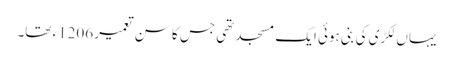
یہاں لکڑی کی بنی ہوئی ایک مسجد تھی جس کا سن تعمیر 1206ء تھا۔